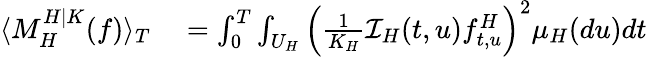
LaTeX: \begin{array}{rl}{\langle M_{H}^{H|K}(f)\rangle_{T}}&{{}=\int_{0}^{T}\int_{U_{H}}\left(\frac{1}{K_{H}}\mathcal{I}_{H}(t,u)f_{t,u}^{H}\right)^{2}\mu_{H}(du)dt}\end{array}